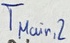
Text: TMain,2